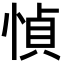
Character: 𫺤